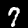
Digit: 7